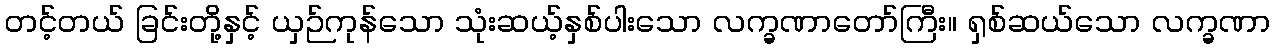
တင့်တယ် ခြင်းတို့နှင့် ယှဉ်ကုန်သော သုံးဆယ့်နှစ်ပါးသော လက္ခဏာတော်ကြီး။ ရှစ်ဆယ်သော လက္ခဏာ